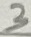
Text: 3